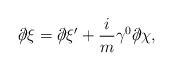
LaTeX: \begin{align*}\partial \!\!\!/ \xi = \partial \!\!\!/ \xi^\prime + \frac{i}{m} \gamma^0 \partial \!\!\!/ \chi ,\end{align*}